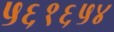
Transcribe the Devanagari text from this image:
५६१६५४